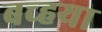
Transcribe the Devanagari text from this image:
बच्हया